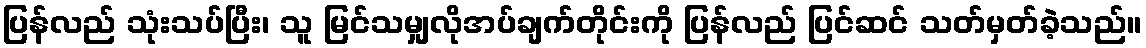
ပြန်လည် သုံးသပ်ပြီး၊ သူ မြင်သမျှလိုအပ်ချက်တိုင်းကို ပြန်လည် ပြင်ဆင် သတ်မှတ်ခဲ့သည်။